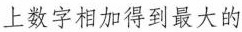
上数字相加得到最大的